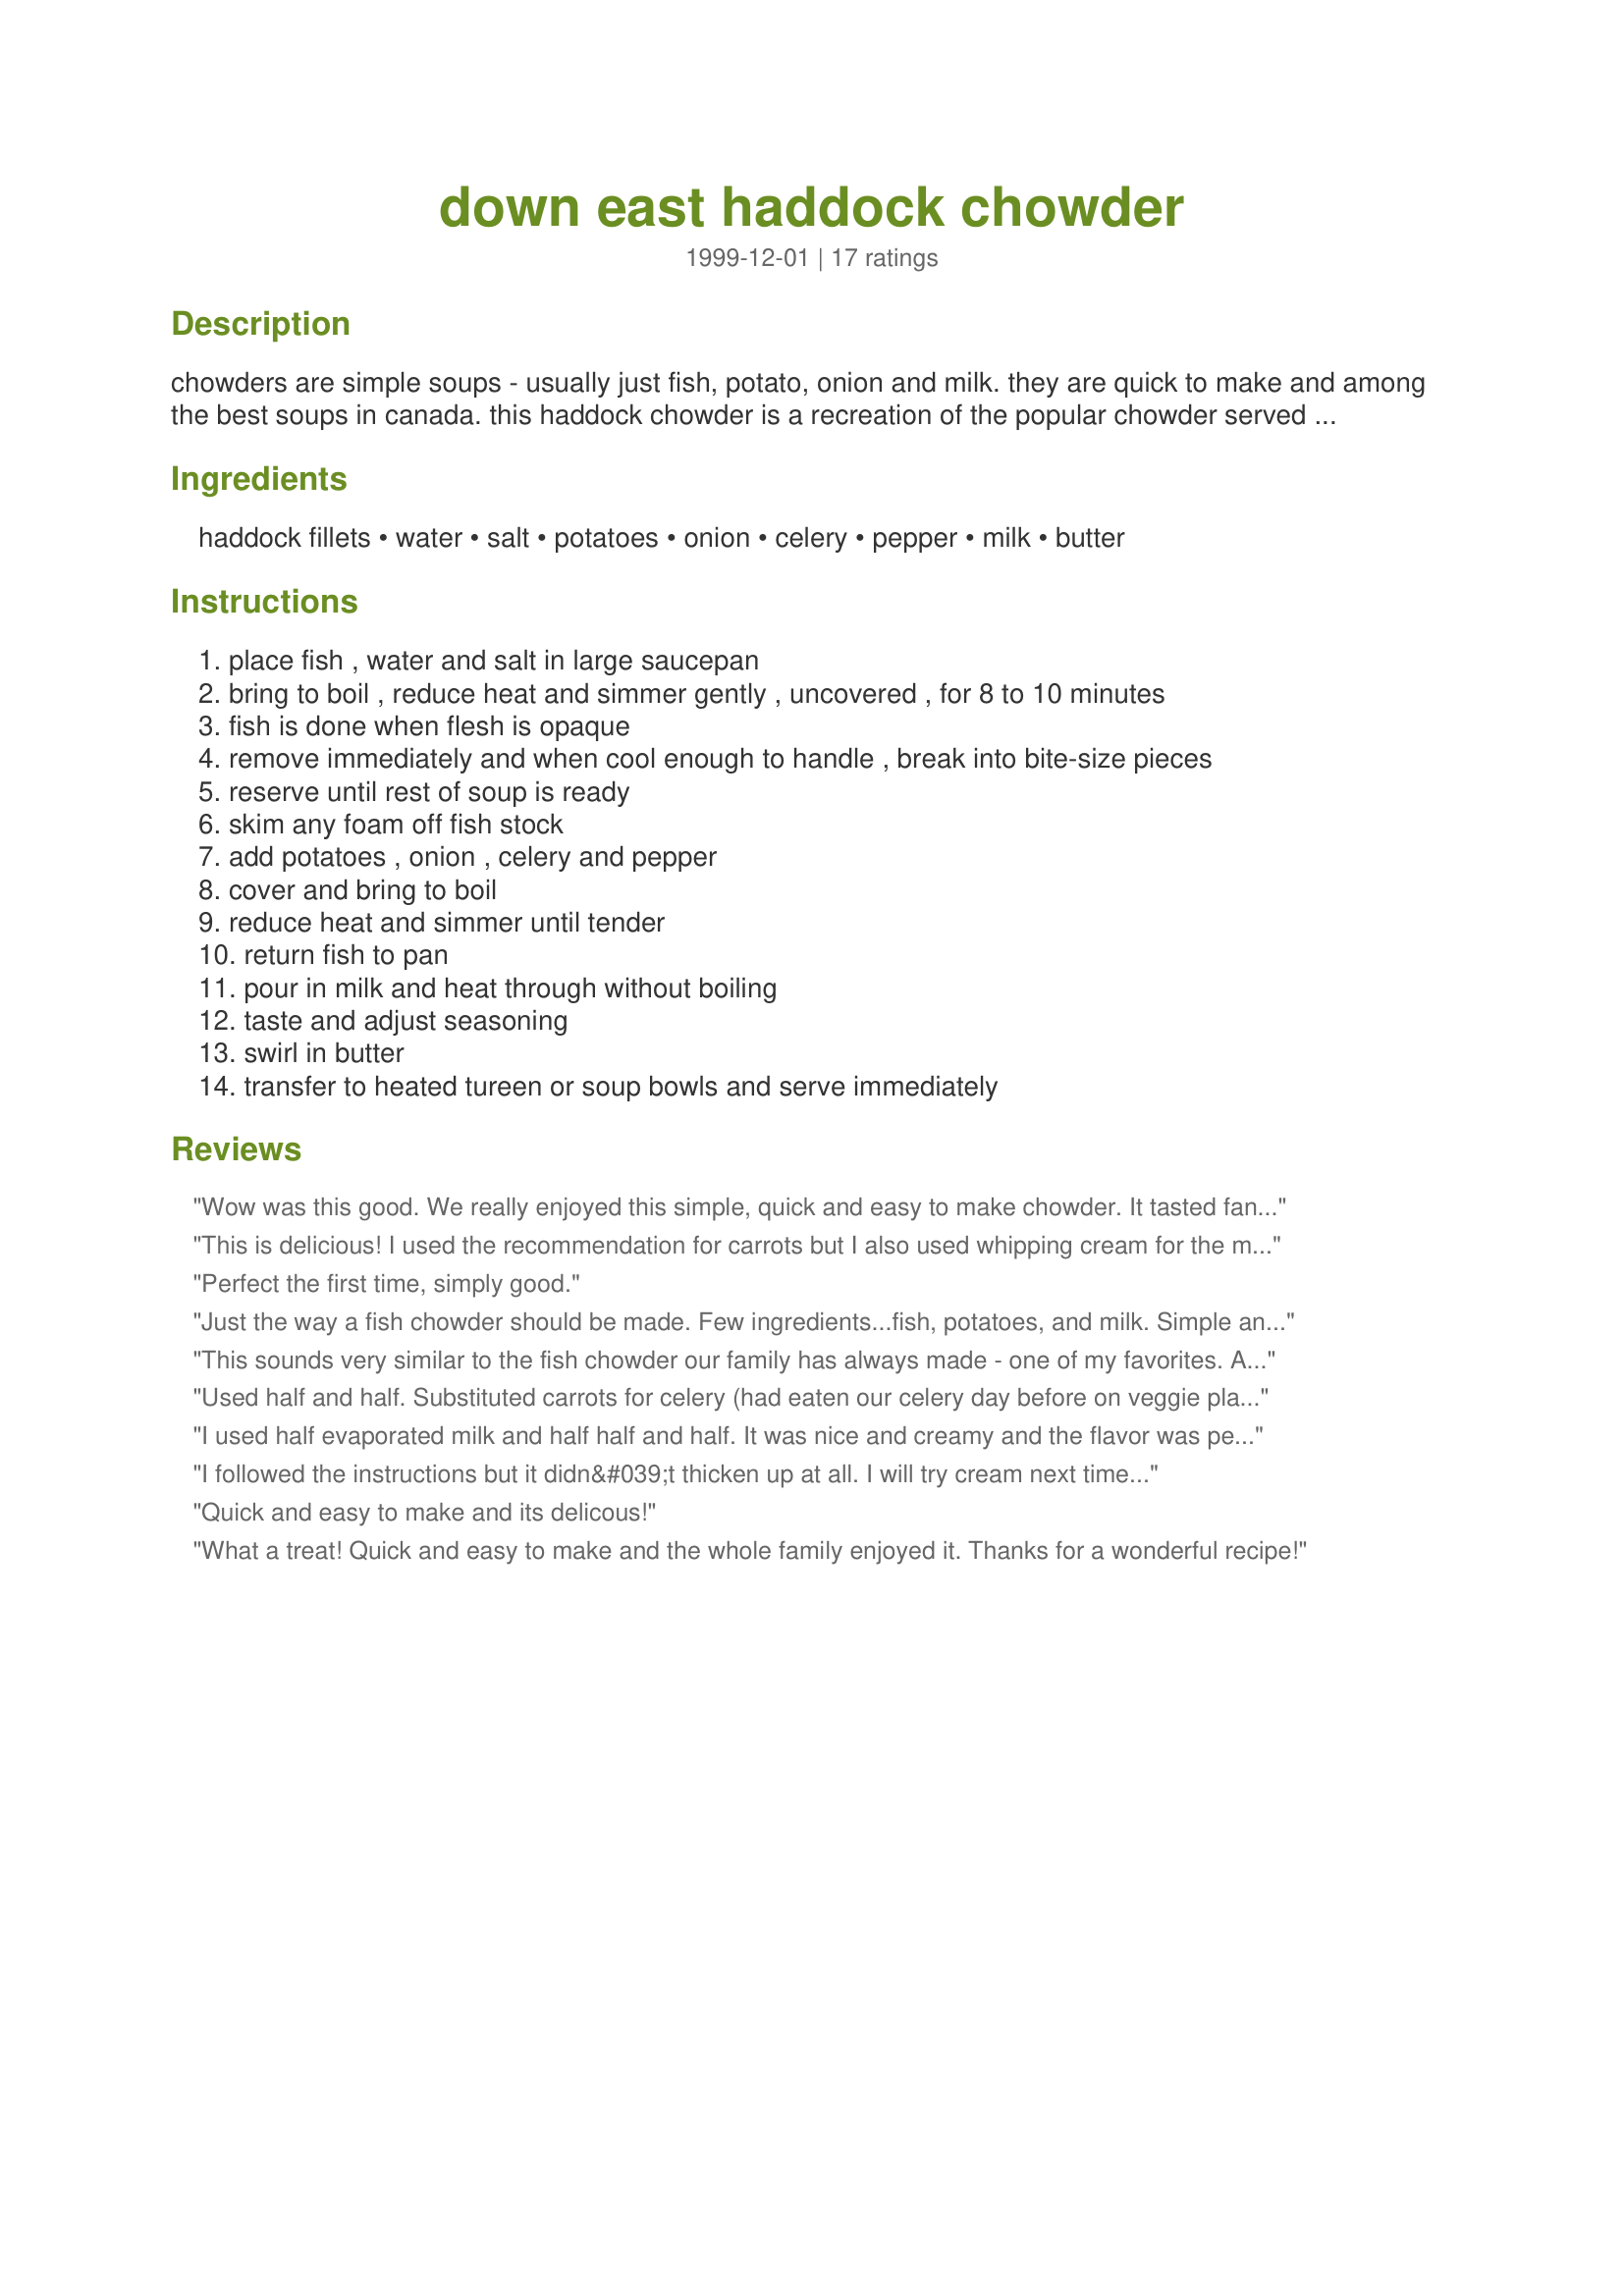
down east haddock chowder
Preparation time: 0 minutes

chowders are simple soups - usually just fish, potato, onion and milk. they are quick to make and among the best soups in canada. this haddock chowder is a recreation of the popular chowder served at the evangeline snack bar in grand pri, n.s. when asked the secret of the chowder's success, the waitress modestly answered,

Ingredients:
haddock fillets, water, salt, potatoes, onion, celery, pepper, milk, butter

Steps:
place fish , water and salt in large saucepan, bring to boil , reduce heat and simmer gently , uncovered , for 8 to 10 minutes, fish is done when flesh is opaque, remove immediately and when cool enough to handle , break into bite-size pieces, reserve until rest of soup is ready, skim any foam off fish stock, add potatoes , onion , celery and pepper, cover and bring to boil, reduce heat and simmer until tender, return fish to pan, pour in milk and heat through without boiling, taste and adjust seasoning, swirl in butter, transfer to heated tureen or soup bowls and serve immediately

Reviews:
Wow was this good. We really enjoyed this simple, quick and easy to make chowder. It tasted fantastic, just like the chowder my mil use to make. Perfectly cooked flaky fish, tender potatoes and a nice chowder base, dh was a very happy man tonight. Made this dish exactly as written, didn't change a thing. Thank you so much for sharing Strawberry Girl, I will be making this again.
This is delicious! I used the recommendation for carrots but I also used whipping cream for the milk. Yum!
Perfect the first time, simply good.
Just the way a fish chowder should be made. Few ingredients...fish, potatoes, and milk. Simple and delicious.
This sounds very similar to the fish chowder our family has always made - one of my favorites. A great variation we have done is to use smoked haddock in place of the regular haddock - adds a different layer of flavour. We always add the fish in at the end (chopped in chunks and raw) and let it cook until opaque before adding the milk. Also if you try the smoked fish don't add as much salt initially since it will add some saltiness, adjust salt to taste at the end.
Used half and half. Substituted carrots for celery (had eaten our celery day before on veggie platter). Made triple batch to share with neighbors and friends. Still delicious and I usually don't cook!
I used half evaporated milk and half half and half. It was nice and creamy and the flavor was perfect all the way around! I served with oyster crackers and cornbread and we were all smiling and satisfied as we ate!
I followed the instructions but it didn&#039;t thicken up at all. I will try cream next time. Any other suggestions?
Quick and easy to make and its delicous!
What a treat! Quick and easy to make and the whole family enjoyed it. Thanks for a wonderful recipe!
Chowder is such a forgiving comfort food! I usually buy the clams, frozen mix of shrimp/squid/etc., but today's budget didn't allow. Made mine with cod that was on sale, corn, potatoes, onions, milk, butter, and seasonings. No matter how you make it, chowder is good stuff!
Used organic chicken broth instead of water. Added some corn and slurry of cornstarch ( 2 tsp) to thicken the &quot;broth&quot;. Also added old bay seasonings at the end to jazz up the flavor
Surprisingly GREAT-tasting for how easy it was. I did half skim milk and half 'half-and-half' and added a little fresh parsley and fresh basil.
simple, yummy and filling! I used half and half for the milk and added some parsley but those were the only subs. So delicious!
never boil the fish or chop it, remove pan from heat, add the haddock filet to the hot broth at the end, cover for 7 minutes, and the fish will be done perfectly, breaking easily into pieces. I learned this from Chef Jasper White, as a Mainer, fish chowder is served monthly at my dinners.
we really liked this chowder. I used scrod in place of the haddock. A mild flavored filling chowder - easy to make - under an hour. Have already shared this recipe with friends.
Just the recipe I was looking for! This reminds me of the great food I had in Maine -- simply yummy!

I added a bit more water and cream, because I like to have extra "broth" to eat with crackers, but that was my only change. I'll be making this again.
